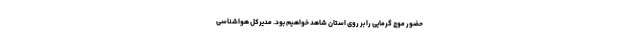
حضور موج گرمایی را بر روی استان شاهد خواهیم بود. مدیرکل هواشناسی